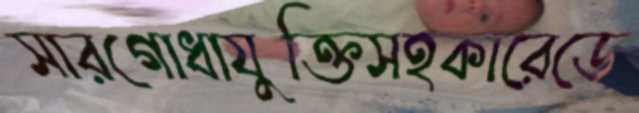
সারগোধাযুক্তিসহকারেডে